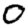
Digit: 0